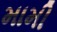
મામી